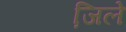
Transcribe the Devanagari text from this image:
जि़ले